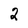
Character: 2